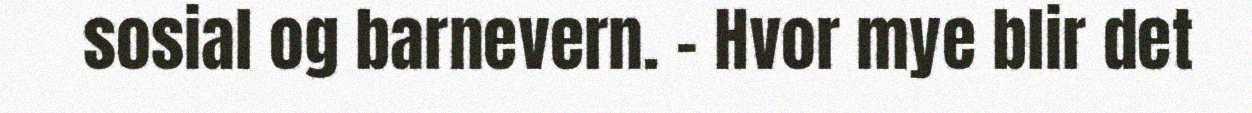
sosial og barnevern. - Hvor mye blir det